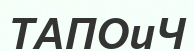
ТАПОиЧ